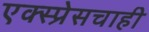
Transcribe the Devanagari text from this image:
एक्स्प्रेसचाही